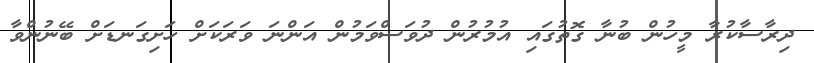
ދިރާސާކުރާ މީހުން ބުނާ ގޮތުގައި އުމުރުން ދުވަސްވަމުން އަންނަ ވަރަކަށް ހަށިގަނޑަށް ބޭނުންވާ